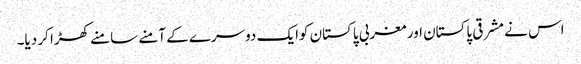
اس نے مشرقی پاکستان اور مغربی پاکستان کوایک دوسرے کے آمنے سامنے کھڑا کر دیا۔